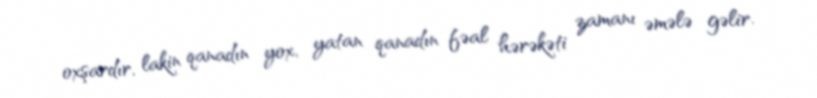
oxşardır, lakin qanadın yox, yatan qanadın fəal hərəkəti zamanı əmələ gəlir.